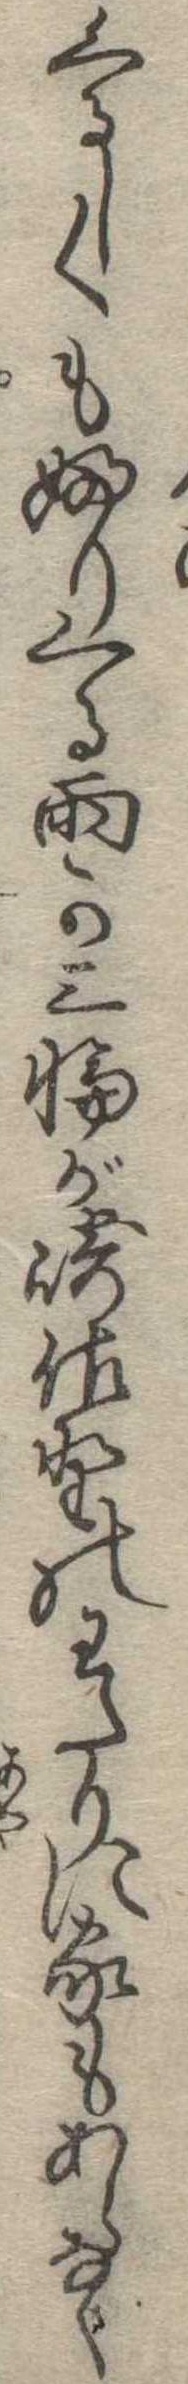
くるしくもふりくる雨か三輪が崎佐野のわたりに家もあらなく